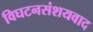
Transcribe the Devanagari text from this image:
विघटनसंशयवाद